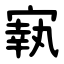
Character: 㝪